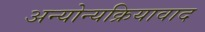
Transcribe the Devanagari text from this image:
अन्योन्यक्रियावाद